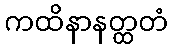
ကထိနာနတ္ထတံ